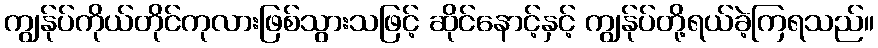
ကျွန်ုပ်ကိုယ်တိုင်ကုလားဖြစ်သွားသဖြင့် ဆိုင်နောင့်နှင့် ကျွန်ုပ်တို့ရယ်ခဲ့ကြရသည်။